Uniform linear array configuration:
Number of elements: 8
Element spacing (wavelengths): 0.5
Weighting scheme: kaiser
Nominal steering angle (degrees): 30
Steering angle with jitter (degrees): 31.101
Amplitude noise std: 0.05
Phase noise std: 0.05

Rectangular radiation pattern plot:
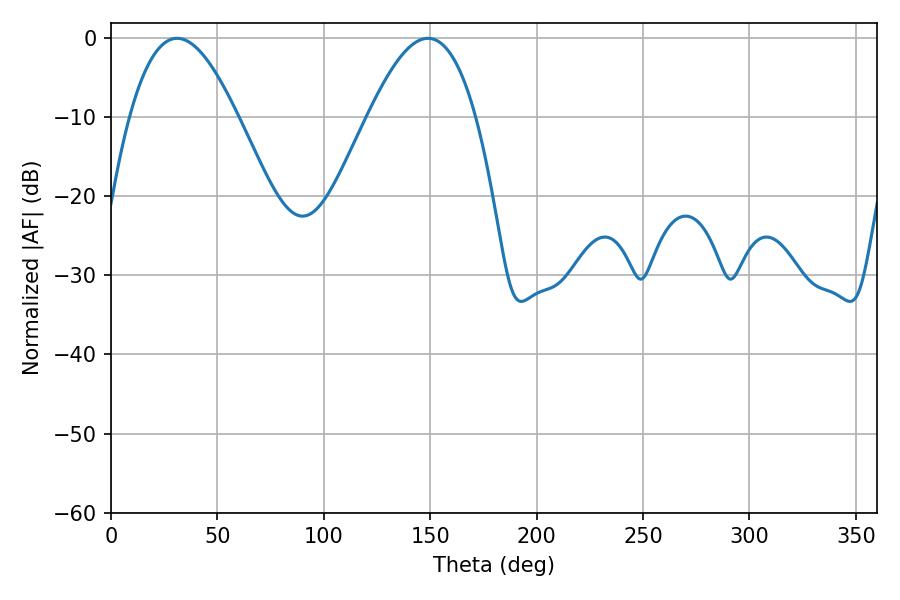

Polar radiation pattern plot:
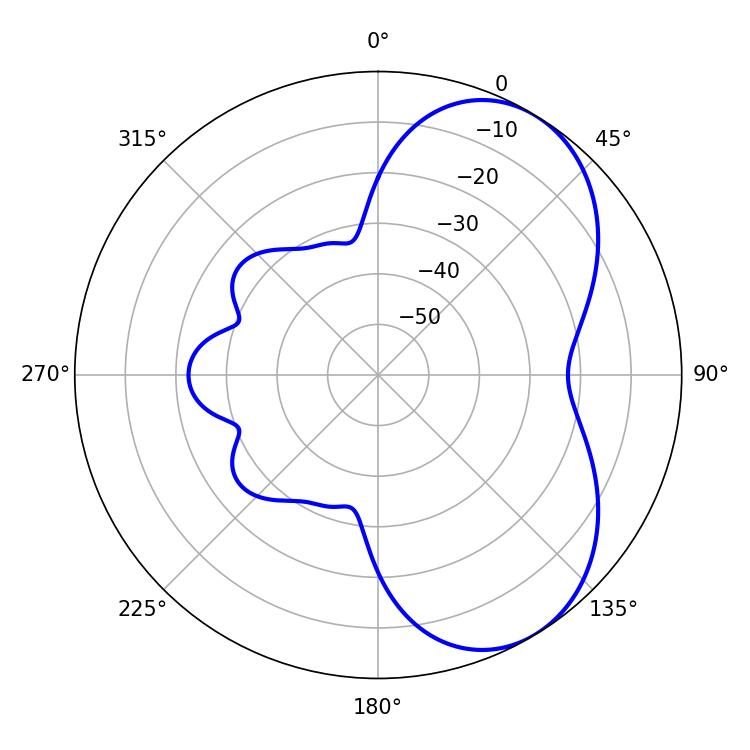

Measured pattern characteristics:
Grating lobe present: FALSE
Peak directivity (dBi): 5.557
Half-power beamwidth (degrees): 27.54
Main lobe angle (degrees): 31.14